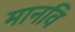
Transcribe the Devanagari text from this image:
मानवि